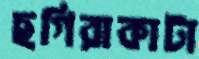
ছগিরাকাটা